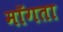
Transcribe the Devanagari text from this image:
माॅगता